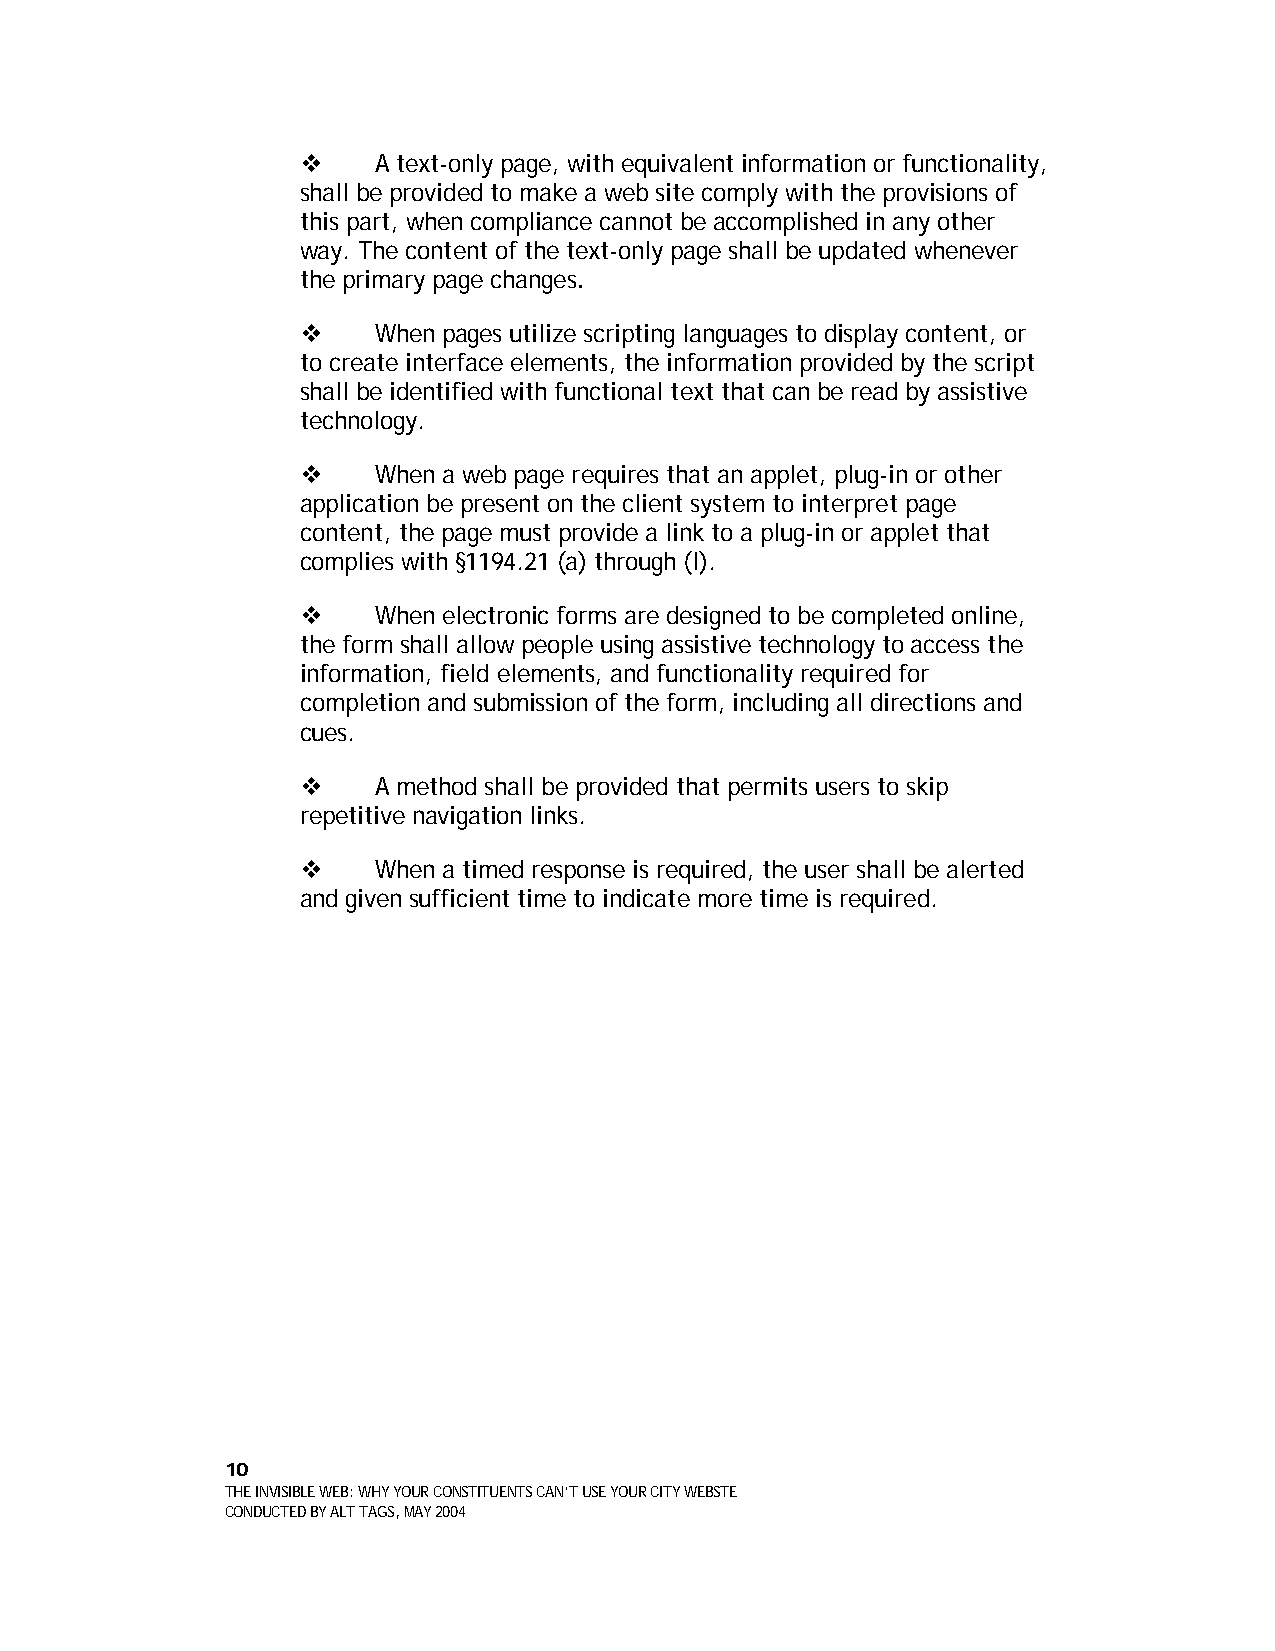
    A text-only page, with equivalent information or functionality,
 shall be provided to make a web site comply with the provisions of
 this part, when compliance cannot be accomplished in any other
 way. The content of the text-only page shall be updated whenever
 the primary page changes.
     When pages utilize scripting languages to display content, or
 to create interface elements, the information provided by the script
 shall be identified with functional text that can be read by assistive
 technology.
     When a web page requires that an applet, plug-in or other
 application be present on the client system to interpret page
 content, the page must provide a link to a plug-in or applet that
 complies with §1194.21 (a) through (l).
     When electronic forms are designed to be completed online,
 the form shall allow people using assistive technology to access the
 information, field elements, and functionality required for
 completion and submission of the form, including all directions and
 cues.
     A method shall be provided that permits users to skip
 repetitive navigation links.
     When a timed response is required, the user shall be alerted
 and given sufficient time to indicate more time is required.
 10
 THE INVISIBLE WEB: WHY YOUR CONSTITUENTS CAN’T USE YOUR CITY WEBSTE
 CONDUCTED BY ALT TAGS, MAY 2004